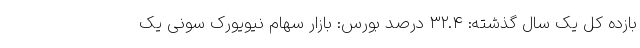
بازده کل یک سال گذشته: ۳۲.۴ درصد بورس: بازار سهام نیویورک سونی یک